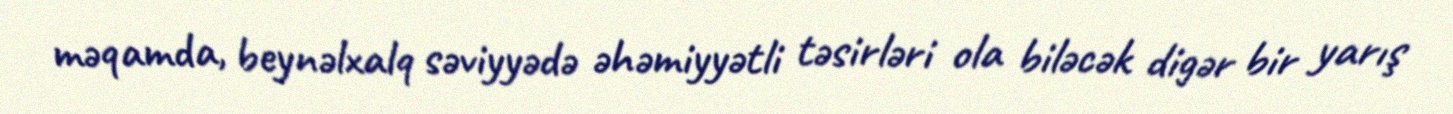
məqamda, beynəlxalq səviyyədə əhəmiyyətli təsirləri ola biləcək digər bir yarış